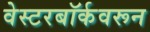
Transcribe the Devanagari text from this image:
वेस्टरबॉर्कवरून